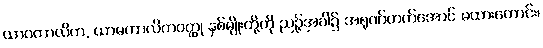
ယာဝကာလိက, ယာမကာလိကဝတ္ထု နှစ်မျိုးတို့ကို ညဉ့်အခါ၌ အရုဏ်တက်အောင် မထားကောင်း၊